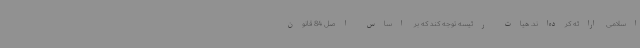
اسلامی ارائه کرده‌اند. هیات رئیسه توجه کند که بر اساس اصل 84 قانون